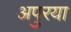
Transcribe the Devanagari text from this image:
अपुरया